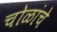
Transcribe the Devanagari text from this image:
चोळांचे